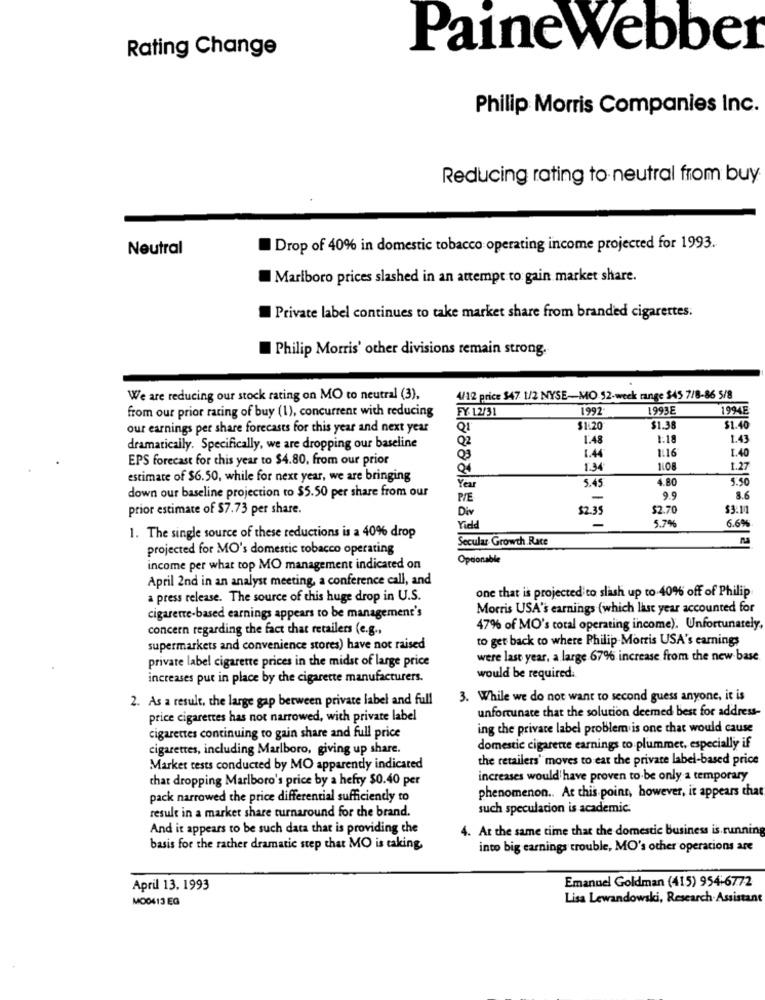
Rating Change
Paine Webber
Philip Morris Companies Inc.
Reducing rating to neutral from buy
Neutral
Drop of 40% in domestic tobacco operating income projected for 1993.
Marlboro prices slashed in an attempt to gain market share.
Private label continues to take market share from branded cigarettes.
Philip Morris' other divisions remain strong.
We are reducing our stock rating on MO to neutral (3),
4/12 price $47 1/2 NYSE-MO 52-week range $45 7/8-86 5/8
from our prior rating of buy (1), concurrent with reducing
FY- 12/31
1992
1993E
1994E
our earnings per share forecasts for this year and next year
Q1
$1.20
$1.38
$1.40
1.48
1:18
1.43
dramatically. Specifically, we are dropping our baseline
Q2
1.4
1:16
EPS forecast for this year to $4.80, from our prior
03
1.40
04
1.34
1108
1.27
estimate of $6.50, while for next year, we are bringing
5.49
4.80
5.50
Year
down our baseline projection to $5.50 per share from our
P/E
-
9.9
8.6
prior estimate of $7.73 per share.
Div
$2.35
$2.70
$3.1
5.74
6.6%
Yield
1. The single source of these reductions is a 40% drop
Secular Growth Race
projected for MO's domestic tobacco operating
Opdonable
income per what top MO management indicated on
April 2nd in an analyst meeting, a conference call, and
one that is projected to slash up to 40% off of Philip
a press release. The source of this huge drop in U.S.
Morris USA's earnings (which last year accounted for
cigarette-based earnings appears to be management's
concern regarding the fact that retailers (e.g .,
47% of MO's total operating income). Unfortunately,
to get back to where Philip Morris USA's earnings
supermarkets and convenience stores) have not raised
private label cigarette prices in the midst of large price
were last year, a large 67% increase from the new base
increases put in place by the cigarette manufacturers.
would be required.
2. As a result, the large gap between private label and full
3. While we do not want to second guess anyone, it is
price cigarettes has not narrowed, with private label
unfortunate that the solution deemed best for address-
ing the private label problem is one that would cause
cigarettes continuing to gain share and full price
cigarettes, including Marlboro, giving up share.
domestic cigarette earnings to plummet, especially if
the retailers' moves to eat the private label-based price
Marker tests conducted by MO apparendy indicated
that dropping Marlboro's price by a hefty $0.40 per
increases would have proven to be only a temporary
phenomenon .. At this point, however, it appears that
pack narrowed the price differential sufficienty to
such speculation is academic.
result in a market share turnaround for the brand.
And it appears to be such data that is providing the
4. At the same time that the domestic business is running
basis for the rather dramatic step that MO is taking,
into big earnings trouble, MO's other operations are
Emanuel Goldman (415) 954-6772
April 13. 1993
MO0413 EG
Lisa Lewandowski, Research Assistant